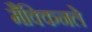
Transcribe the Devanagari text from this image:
मैक्किनले